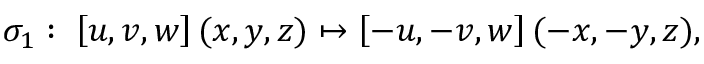
\sigma _ { 1 } : \; \left[ u , v , w \right] ( x , y , z ) \mapsto \left[ - u , - v , w \right] ( - x , - y , z ) ,